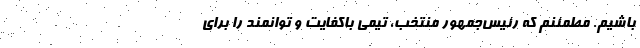
باشیم. مطمئنم که رئیس‌جمهور منتخب، تیمی باکفایت و توانمند را برای